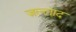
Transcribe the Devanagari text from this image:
ज़ल्लाद